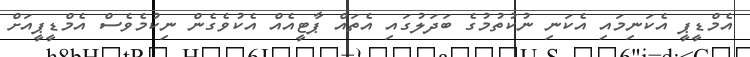
އެމްޑީޕީ އެކަނިމައި އެކަނި ނުކުތުމުގެ ބަދަލުގައި އެތައް ޕާޓީއެއް އެކުވެގެން ނިކުމެވެސް އެމްޑީޕީއަށް